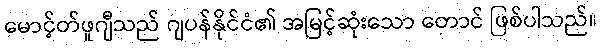
မောင့်တ်ဖူဂျီသည် ဂျပန်နိုင်ငံ၏ အမြင့်ဆုံးသော တောင် ဖြစ်ပါသည်။